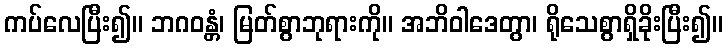
ကပ်လေပြီး၍။ ဘဂဝန္တံ၊ မြတ်စွာဘုရားကို။ အဘိဝါဒေတွာ၊ ရိုသေစွာရှိခိုးပြီး၍။